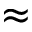
\approx